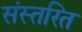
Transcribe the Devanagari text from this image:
संस्तरित